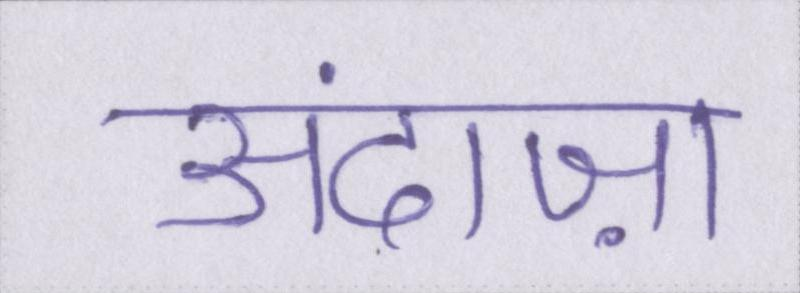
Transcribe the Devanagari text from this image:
अंदाज़ा